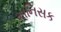
માનિસક